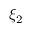
\xi _ { 2 }